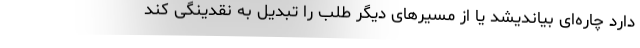
دارد چاره‌ای بیاندیشد یا از مسیرهای دیگر طلب را تبدیل به نقدینگی کند